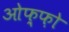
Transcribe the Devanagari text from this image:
ओफ़्फ़ो